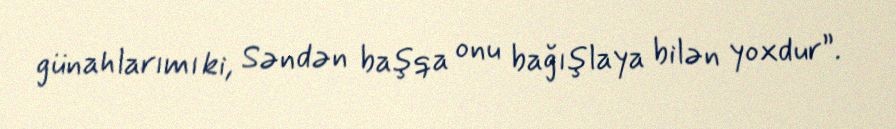
günahlarımı ki, Səndən başqa onu bağışlaya bilən yoxdur”.